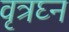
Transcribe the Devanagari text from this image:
वृत्रघ्न